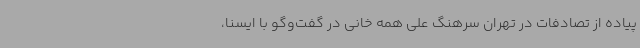
پیاده از تصادفات در تهران سرهنگ علی همه خانی در گفت‌وگو با ایسنا،